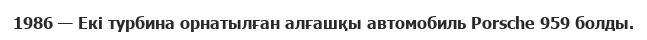
1986 — Екі турбина орнатылған алғашқы автомобиль Porsche 959 болды.